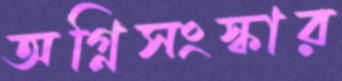
অগ্নিসংস্কার